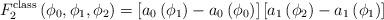
LaTeX: \begin{align*}F_2^{\rm class} \left( \phi_0, \phi_1, \phi_2 \right) =\left[ a_0 \left( \phi_1 \right) - a_0 \left( \phi_0 \right) \right]\left[ a_1 \left( \phi_2 \right) - a_1 \left( \phi_1 \right) \right]\end{align*}